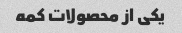
یکی از محصولات کمه